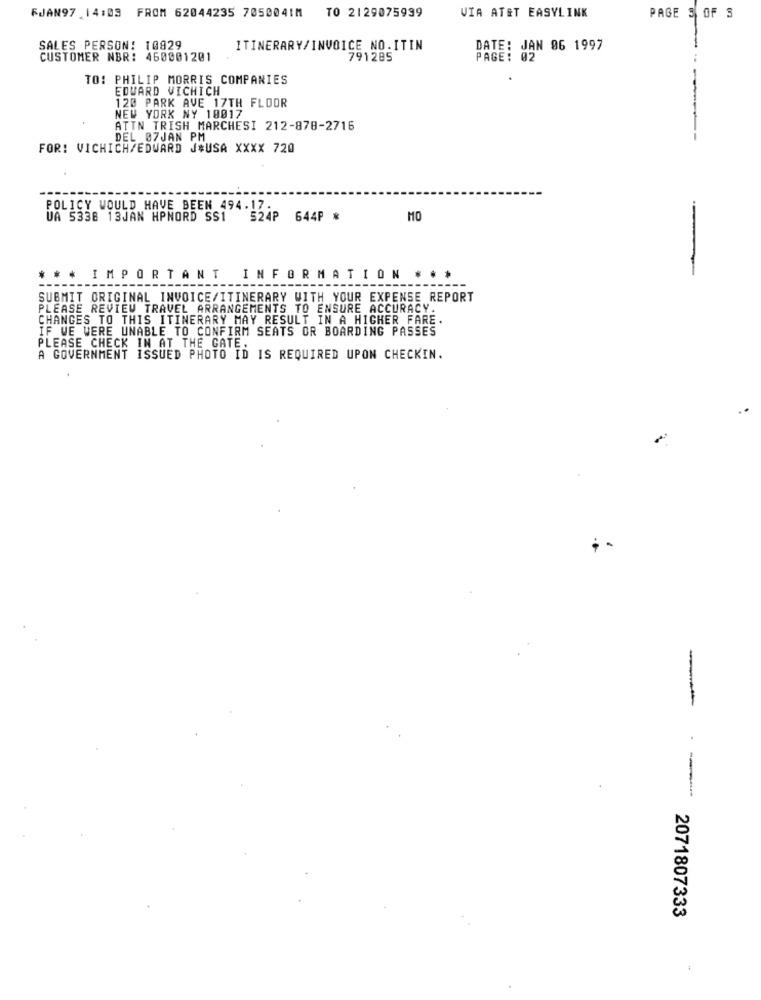
TO 2129075939
FJAN97 14:03 FROM 62044235 7050041M
VIA ATET EASYLINK
PAGE 3 OF S
SALES PERSON: 10829
ITINERARY/INVOICE NO.ITIN
DATE: JAN 96 1997
CUSTOMER NBR: 460001201
791285
PAGE: 02
TO: PHILIP MORRIS COMPANIES
EDUARD VICHICH
120 PARK AVE 17TH FLOOR
NEW YORK NY 10017
ATTN TRISH MARCHESI 212-878-2716
-
DEL 07JAN PM
FOR: VICHICH/EDWARD J*USA XXXX 720
POLICY WOULD HAVE BEEN 494.17.
UA 5338 13JAN HPNORD SS1 524P 644P *
MO
*** IMPORTANT INFORMATION * **
SUBMIT ORIGINAL INVOICE/ITINERARY WITH YOUR EXPENSE REPORT
PLEASE REVIEW TRAVEL ARRANGEMENTS TO ENSURE ACCURACY.
CHANGES TO THIS ITINERARY MAY RESULT IN A HIGHER FARE.
IF WE WERE UNABLE TO CONFIRM SEATS OR BOARDING PASSES
PLEASE CHECK IN AT THE GATE.
A GOVERNMENT ISSUED PHOTO ID IS REQUIRED UPON CHECKIN.
-
--
2071807333